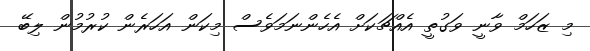
މި ޒަހަމް ވާނީ ވަގުތީ އެއްޗަކަށް އެހެންނަމަވެސް މިކަން އަހަރެން ކުރުމުން ލިބޭ